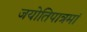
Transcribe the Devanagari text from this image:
जयोतिपात्रमां